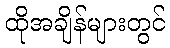
ထိုအချိန်များတွင်